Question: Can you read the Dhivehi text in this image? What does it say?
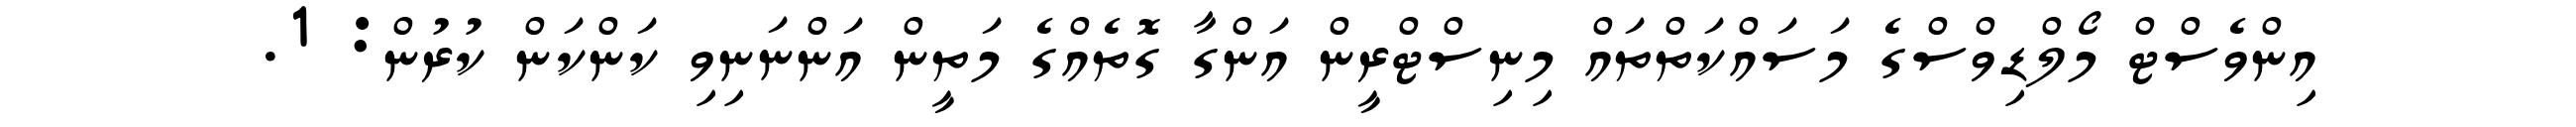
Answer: އިންވެސްޓް މޯލްޑިވްސްގެ މަސައްކަތްތައް މިނިސްޓްރީން އަންގާ ގޮތެއްގެ މަތީން އަންނަނިވި ކަންކަން ކުރުން: 1.